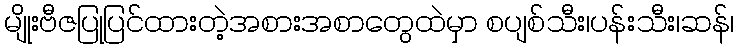
မျိုးဗီဇပြုပြင်ထားတဲ့အစားအစာတွေထဲမှာ စပျစ်သီး၊ပန်းသီး၊ဆန်၊